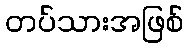
တပ်သားအဖြစ်